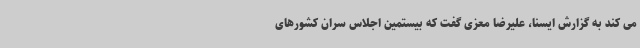
می کند به گزارش ایسنا، علیرضا معزی گفت که بیستمین اجلاس سران کشورهای